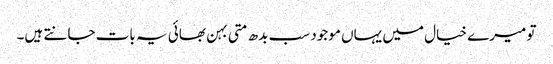
تو میرے خیال میں یہاں موجود سب بدھ متی بہن بھائی یہ بات جانتے ہیں۔